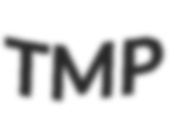
TMP